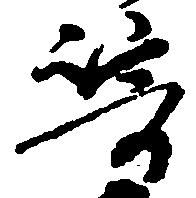
崎